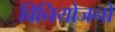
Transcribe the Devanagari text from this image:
विनियोजनों